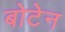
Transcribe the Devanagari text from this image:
बोटेन